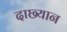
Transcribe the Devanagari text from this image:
दाछ्यान